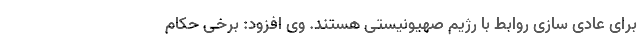
برای عادی سازی روابط با رژیم صهیونیستی هستند. وی افزود: برخی حکام